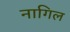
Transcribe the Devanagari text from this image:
नागिल